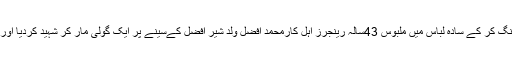
بلدیہ نیول کالونی پل پرڈاکوؤں نے ڈکیتی مزاحمت پرفائرنگ کر کے سادہ لباس میں ملبوس 43سالہ رینجرز اہل کارمحمد افضل ولد شیر افضل کےسینے پر ایک گولی مار کر شہید کردیا اور فرار ہو گئے ، مقتول سچل رینجرز میں لانس نائیک تھا۔